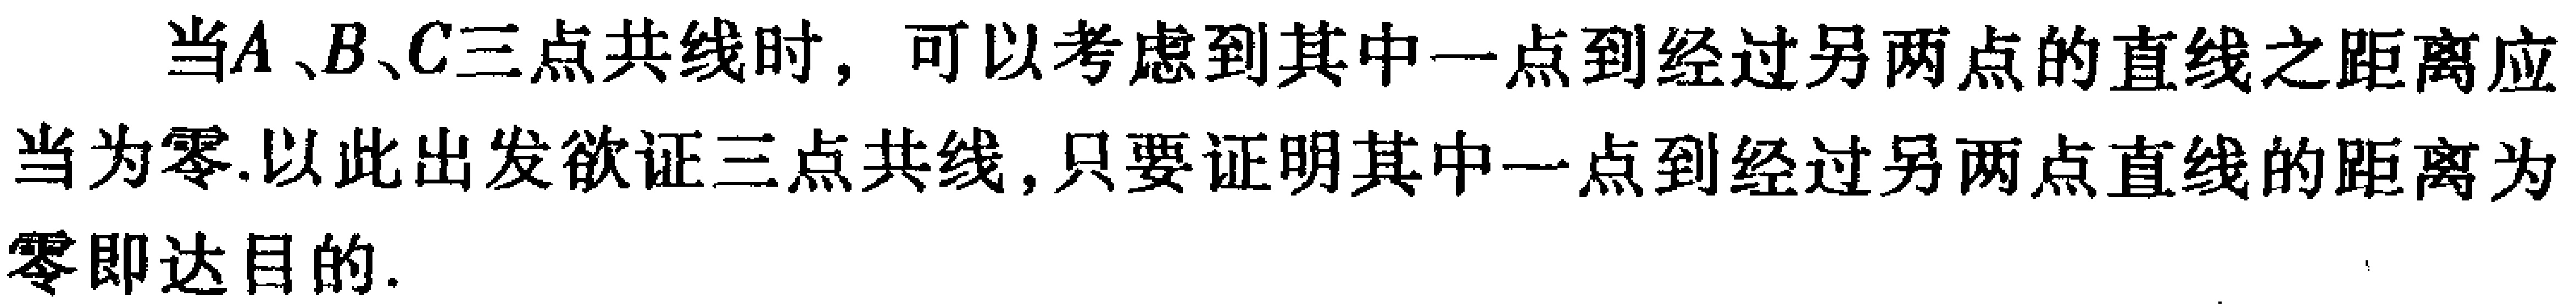
当\(A\)、\(B\)、\(C\)三点共线时，可以考虑到其中一点到经过另两点的直线之距离应当为零.以此出发欲证三点共线，只要证明其中一点到经过另两点直线的距离为零即达目的.